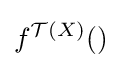
f^{{\mathcal {T}}(X)}()